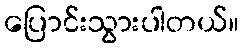
ပြောင်းသွားပါတယ်။